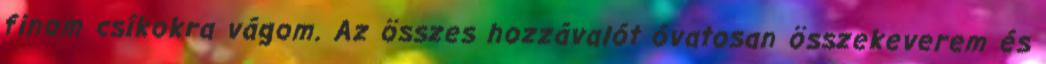
finom csíkokra vágom. Az összes hozzávalót óvatosan összekeverem és